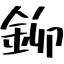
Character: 鉚